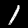
Digit: 1